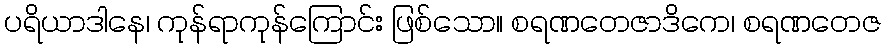
ပရိယာဒါနေ၊ ကုန်ရာကုန်ကြောင်း ဖြစ်သော။ စရဏတေဇာဒိကေ၊ စရဏတေဇ